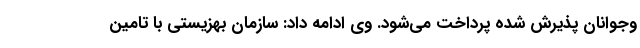
وجوانان پذیرش شده پرداخت می‌شود. وی ادامه داد: سازمان بهزیستی با تامین